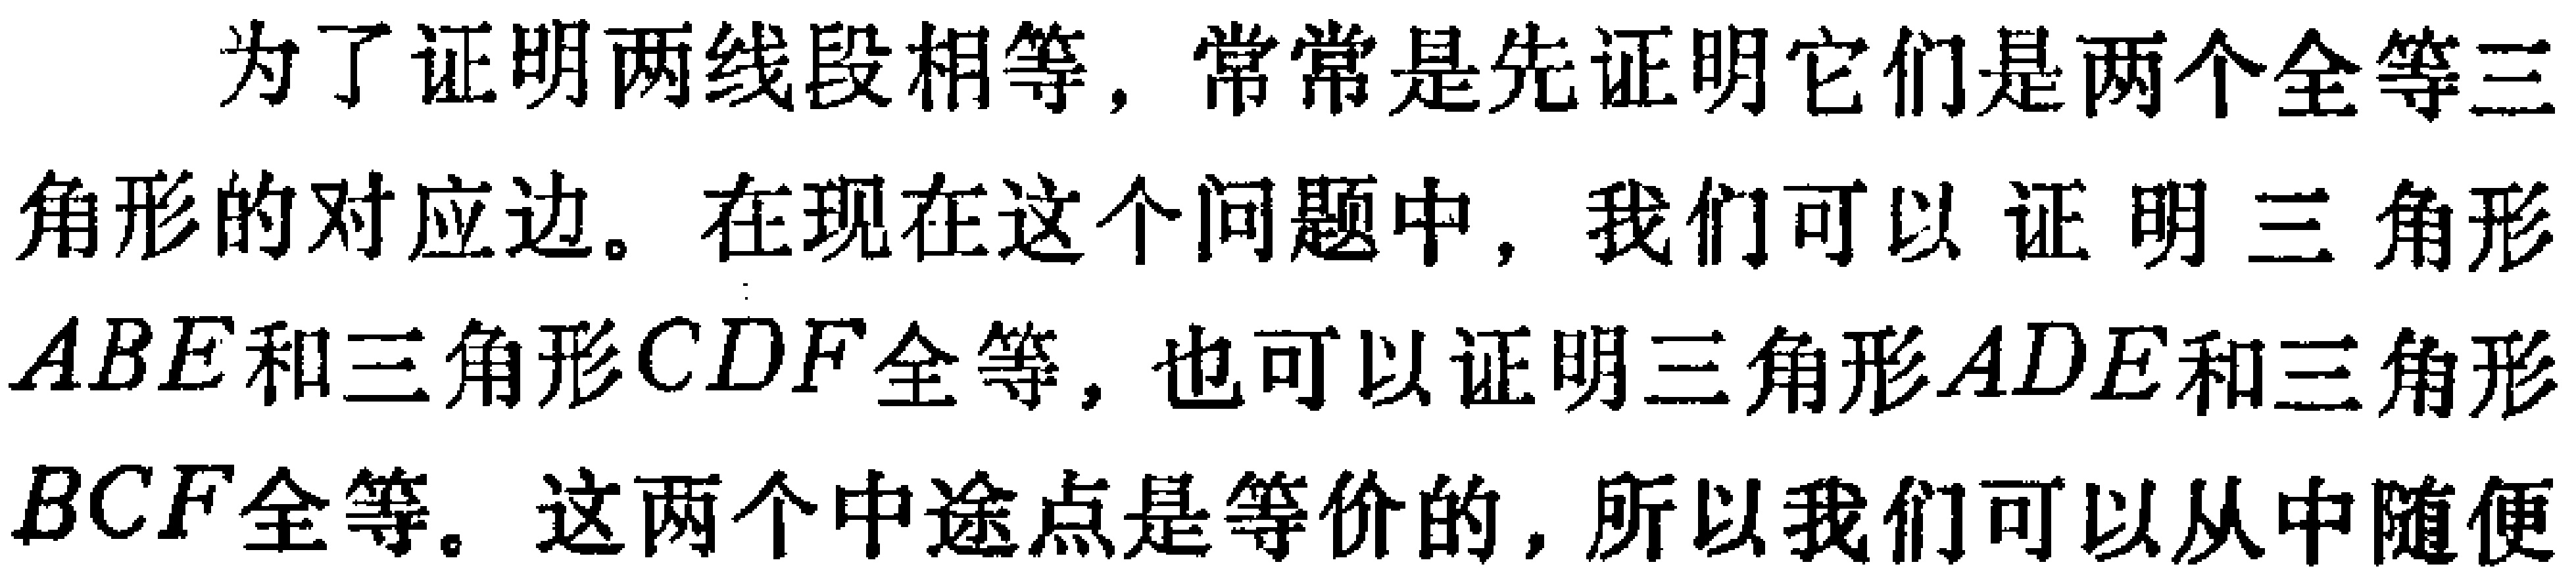
为了证明两线段相等，常常是先证明它们是两个全等三角形的对应边。在现在这个问题中，我们可以证明三角形\(ABE\)和三角形\(CDF\)全等，也可以证明三角形\(ADE\)和三角形\(BCF\)全等。这两个中途点是等价的，所以我们可以从中随便